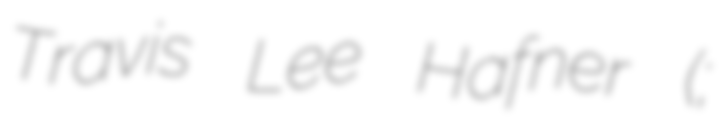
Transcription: Travis Lee Hafner (;